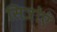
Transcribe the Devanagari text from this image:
सित्रोएं